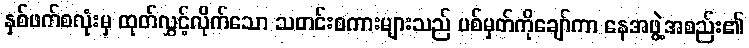
နှစ်ဖက်စလုံးမှ ထုတ်လွှင့်လိုက်သော သတင်းစကားများသည် ပစ်မှတ်ကိုချော်ကာ နေအဖွဲ့အစည်း၏